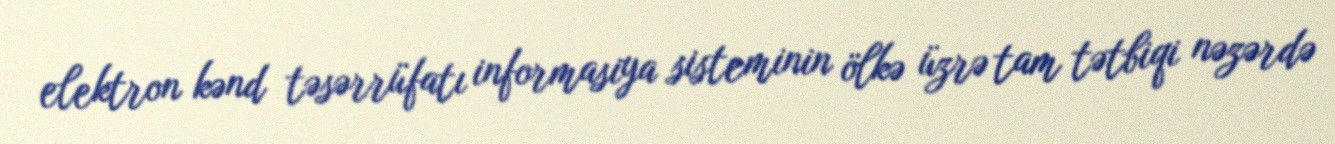
elektron kənd təsərrüfatı informasiya sisteminin ölkə üzrə tam tətbiqi nəzərdə